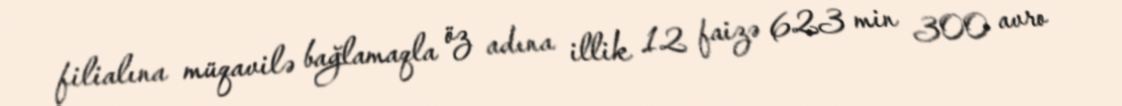
filialına müqavilə bağlamaqla öz adına illik 12 faizə 623 min 300 avro